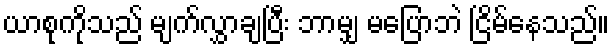
ယာစုကိုသည် မျက်လွှာချပြီး ဘာမျှ မပြောဘဲ ငြိမ်နေသည်။